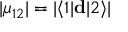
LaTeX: | \mu _ { 1 2 } | = | \langle 1 | \mathbf { d } | 2 \rangle |